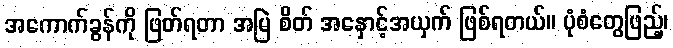
အကောက်ခွန်ကို ဖြတ်ရတာ အမြဲ စိတ် အနှောင့်အယှက် ဖြစ်ရတယ်။ ပုံစံတွေဖြည့်၊